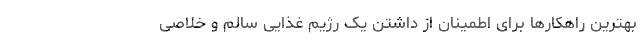
بهترین راهکار‌ها برای اطمینان از داشتن یک رژیم غذایی سالم و خلاصی